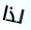
لذا